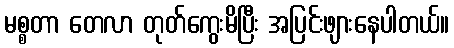
မစ္စတာ တေလာ တုတ်ကွေးမိပြီး အပြင်းဖျားနေပါတယ်။